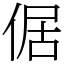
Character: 倨